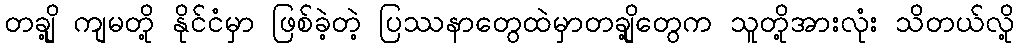
တချို့ ကျမတို့ နိုင်ငံမှာ ဖြစ်ခဲ့တဲ့ ပြဿနာတွေထဲမှာတချို့တွေက သူတို့အားလုံး သိတယ်လို့